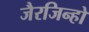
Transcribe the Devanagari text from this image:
जैरजिन्हो